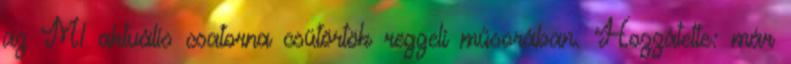
az M1 aktuális csatorna csütörtök reggeli műsorában. Hozzátette: már